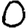
Digit: 0